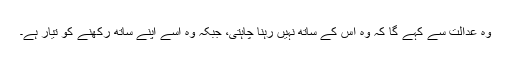
وہ عدالت سے کہے گا کہ وہ اس کے ساتھ نہیں رہنا چاہتی، جبکہ وہ اسے اپنے ساتھ رکھنے کو تیار ہے۔